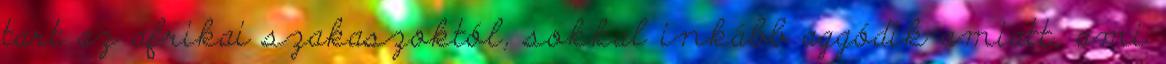
tart az afrikai szakaszoktól, sokkal inkább aggódik amiatt, ami